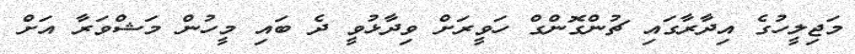
މަޖިލީހުގެ އިދާރާގައި ޗުންގޮންގް ހަވީރަށް ވިދާޅުވީ ދެ ބައި މީހުން މަޝްވަރާ އަށް